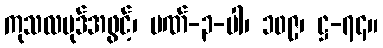
ကုသလပုဒ်အဖွင့်၊ ပဏ်-၃-ပါ၊ ၁၀၉၊ ဋ္ဌ-၇၄။